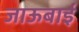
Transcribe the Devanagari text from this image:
जाऊबाई